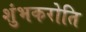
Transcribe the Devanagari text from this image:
शुंभकरोति